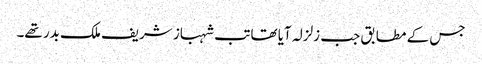
جس کے مطابق جب زلزلہ آیا تھا تب شہباز شریف ملک بدر تھے۔